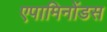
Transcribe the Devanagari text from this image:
एपामिनोंडस